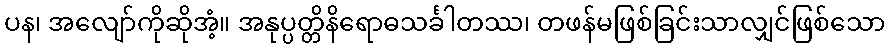
ပန၊ အလျော်ကိုဆိုအံ့။ အနုပ္ပတ္တိနိရောဓသင်္ခါတဿ၊ တဖန်မဖြစ်ခြင်းသာလျှင်ဖြစ်သော